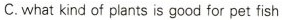
C.what kind of plants is good for pet fish